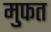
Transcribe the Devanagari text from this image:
मुफत